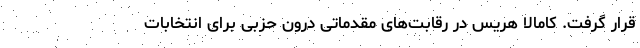
قرار گرفت. کامالا هریس در رقابت‌های مقدماتی درون حزبی برای انتخابات